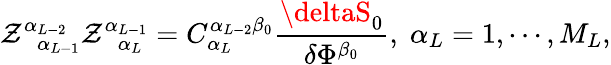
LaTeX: \mathcal{Z}_{\; \; \alpha_{L-1}}^{\alpha_{L-2}}\mathcal{Z}_{\; \; \alpha_{L}}^{\alpha_{L-1}}=C_{\alpha_{L}}^{\alpha_{L-2}\beta_{0}}\frac{{\deltaS_{0}}}{{\delta\Phi^{\beta_{0}}}},\; \alpha_{L}=1,\cdots,M_{L},